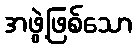
အဖွဲ့ဖြစ်သော